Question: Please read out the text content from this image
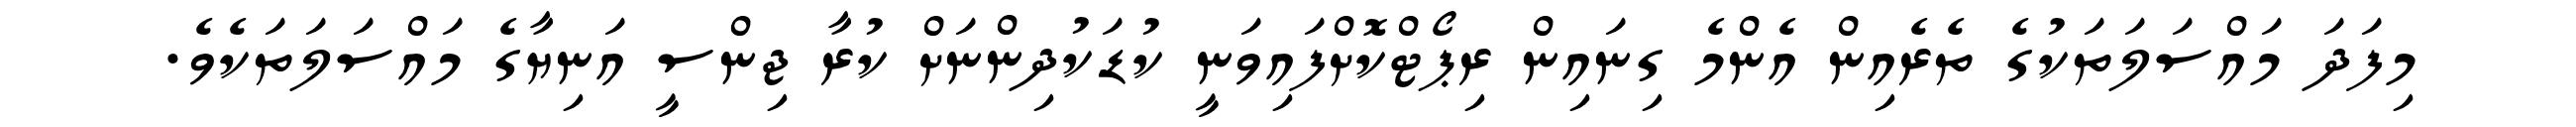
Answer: މިފަދަ މައްސަލަތަކުގެ ތެރެއިން އެންމެ ގިނައިން ރިޕޯޓްކޮށްފައިވަނީ ކުޑަކުދިންނަށް ކުރާ ޖިންސީ އަނިޔާގެ މައްސަލަތަކެވެ.